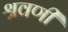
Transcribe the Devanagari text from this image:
श्रवणीं